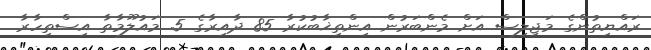
ރައްޔިތުންގެ މަޖިލިސް އަށް މެންބަރުން އިންތިޚާބުކުރާ 85 ދާއިރާގެ 5. މައުލޫމާތާ އިސްތިހާރާ